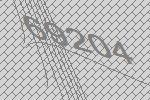
69204